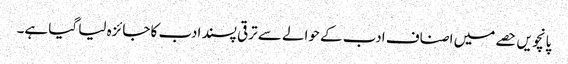
پانچویں حصے میں اصناف ادب کے حوالے سے ترقی پسند ادب کا جائزہ لیا گیا ہے۔